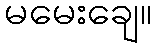
မမေးချေ။